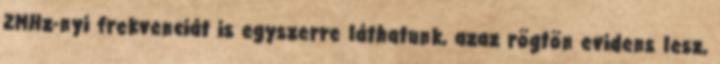
2MHz-nyi frekvenciát is egyszerre láthatunk, azaz rögtön evidens lesz,